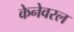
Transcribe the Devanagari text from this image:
केनेवरल